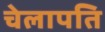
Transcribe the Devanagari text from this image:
चेलापति